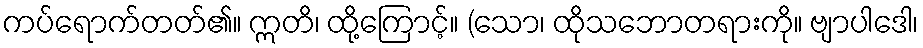
ကပ်ရောက်တတ်၏။ ဣတိ၊ ထို့ကြောင့်။ (သော၊ ထိုသဘောတရားကို။ ဗျာပါဒေါ၊